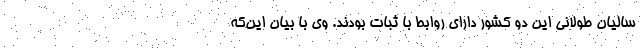
سالیان طولانی این دو کشور دارای روابط با ثبات بودند. وی با بیان این‌که